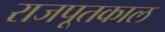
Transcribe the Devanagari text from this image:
राजपूतकाल